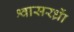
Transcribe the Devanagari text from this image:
श्वासरध्राें